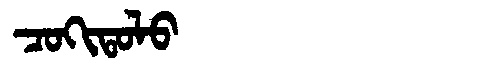
Manchu: ᠴᠣᡴᡳᡨᠣᠯᠣ
Romanization: COKITOLO